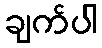
ချက်ပါ